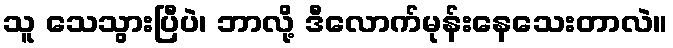
သူ သေသွားပြီပဲ၊ ဘာလို့ ဒီလောက်မုန်းနေသေးတာလဲ။